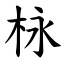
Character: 栐